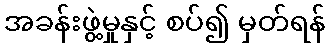
အခန်းဖွဲ့မှုနှင့် စပ်၍ မှတ်ရန်